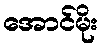
အောင်မိုး